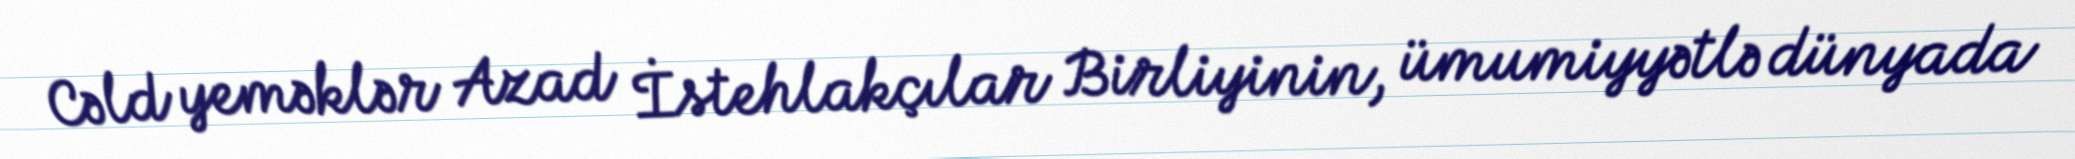
Cəld yeməklər Azad İstehlakçılar Birliyinin, ümumiyyətlə dünyada